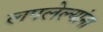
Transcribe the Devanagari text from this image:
लपलेल्‍यांना